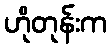
ဟိုတုန်းက